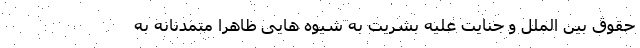
حقوق بین الملل و جنایت علیه بشریت به شیوه هایی ظاهراً متمدنانه به